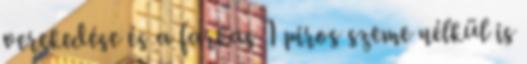
verekedése és a farkas 1 piros szeme nélkül is